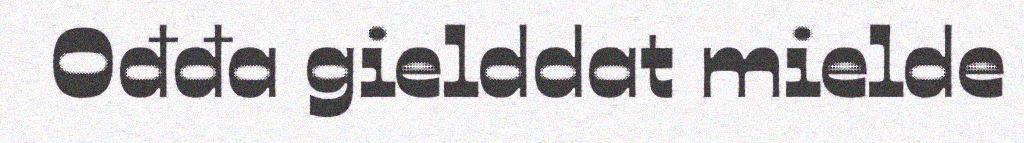
Ođđa gielddat mielde